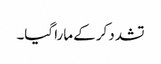
تشدد کرکے مارا گیا۔